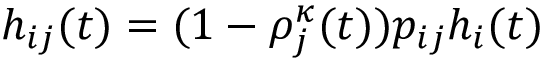
\begin{array} { r } { h _ { i j } ( t ) = ( 1 - \rho _ { j } ^ { \kappa } ( t ) ) p _ { i j } h _ { i } ( t ) } \end{array}